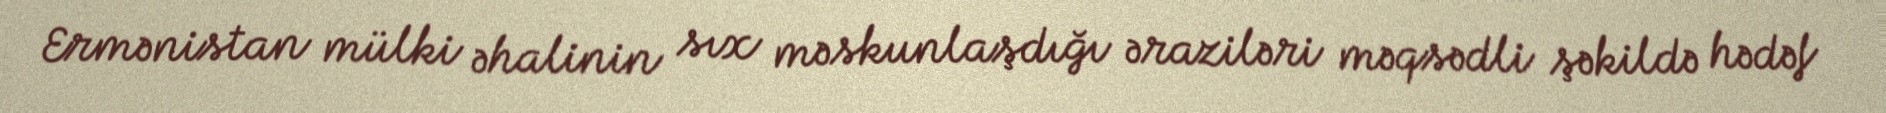
Ermənistan mülki əhalinin sıx məskunlaşdığı əraziləri məqsədli şəkildə hədəf